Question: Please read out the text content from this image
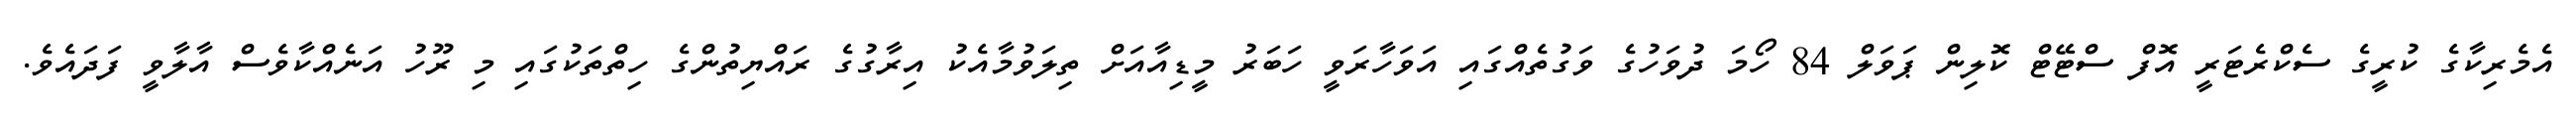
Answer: އެމެރިކާގެ ކުރީގެ ސެކްރެޓަރީ އޮފް ސްޓޭޓް ކޮލިން ޕަވަލް 84 ހޯމަ ދުވަހުގެ ވަގުތެއްގައި އަވަހާރަވީ ހަބަރު މީޑިއާއަށް ތިލަވުމާއެކު އިރާގުގެ ރައްޔިތުންގެ ހިތްތަކުގައި މި ރޫހު އަނެއްކާވެސް އާލާވީ ފަދައެވެ.